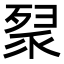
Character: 𭮚